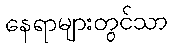
နေရာများတွင်သာ